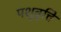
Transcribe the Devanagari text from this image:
पशुवृत्ति